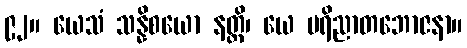
၉၂။ ယေသံ သန္နိစယော နတ္ထိ၊ ယေ ပရိညာတဘောဇနာ။